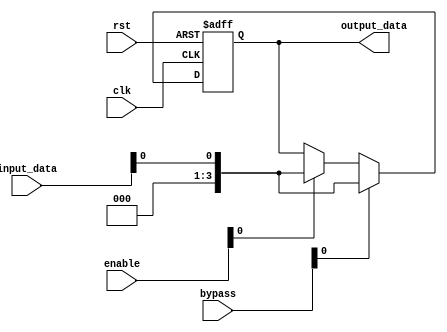
module timing_control_sync (
    input wire clk,
    input wire rst,
    input wire [3:0] enable,
    input wire [3:0] bypass,
    input wire [3:0] input_data,
    output reg [3:0] output_data
);

reg [3:0] reg1, reg2, reg3, reg4;

always @(posedge clk or posedge rst) begin
    if (rst) begin
        reg1 <= 4'b0;
        reg2 <= 4'b0;
        reg3 <= 4'b0;
        reg4 <= 4'b0;
    end else begin
        if (bypass[0]) begin
            reg1 <= input_data[0];
        end else if (enable[0]) begin
            reg1 <= input_data[0];
        end
        
        if (bypass[1]) begin
            reg2 <= input_data[1];
        end else if (enable[1]) begin
            reg2 <= input_data[1];
        end
        
        if (bypass[2]) begin
            reg3 <= input_data[2];
        end else if (enable[2]) begin
            reg3 <= input_data[2];
        end
        
        if (bypass[3]) begin
            reg4 <= input_data[3];
        end else if (enable[3]) begin
            reg4 <= input_data[3];
        end
    end
end

assign output_data = {reg4, reg3, reg2, reg1};

endmodule